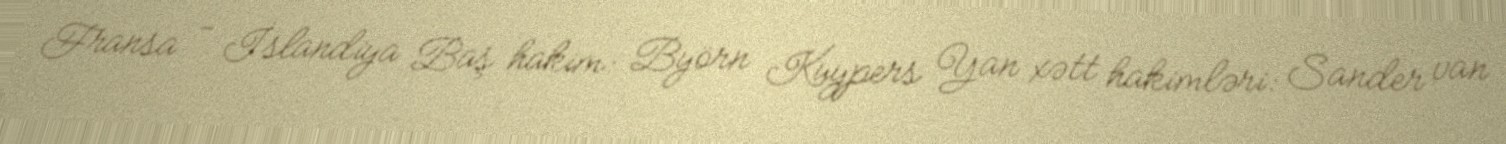
Fransa - İslandiya Baş hakim: Byörn Kuypers Yan xətt hakimləri: Sander van